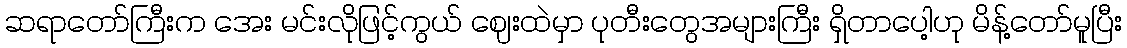
ဆရာတော်ကြီးက အေး မင်းလိုဖြင့်ကွယ် ဈေးထဲမှာ ပုတီးတွေအများကြီး ရှိတာပေါ့ဟု မိန့်တော်မူပြီး